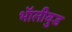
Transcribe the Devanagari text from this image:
भॅालीवुड